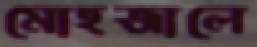
মোহজালে